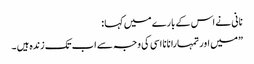
نانی نے اس کے بارے میں کہا :
” میں اور تمہارا نانا اسی کی وجہ سے اب تک زندہ ہیں ۔